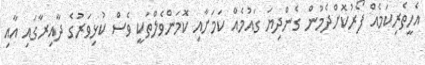
އެހީތެރިކަމެއް ފޯރުކޮށްދެމުން ގެންދިޔަ ގައުމެއް ކަމަށާއި ކޮމަންވެލްތަކީ ވެސް ކުޅިވަރުގެ ދާއިރާގައި އާއި